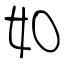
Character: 如